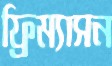
ফ্রিম্যাসন